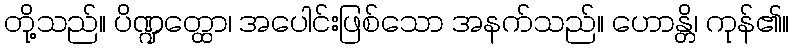
တို့သည်။ ပိဏ္ဍတ္ထော၊ အပေါင်းဖြစ်သော အနက်သည်။ ဟောန္တိ၊ ကုန်၏။